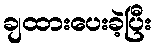
ချထားပေးခဲ့ပြီး